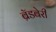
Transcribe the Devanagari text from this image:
ब्रॅडबेरी